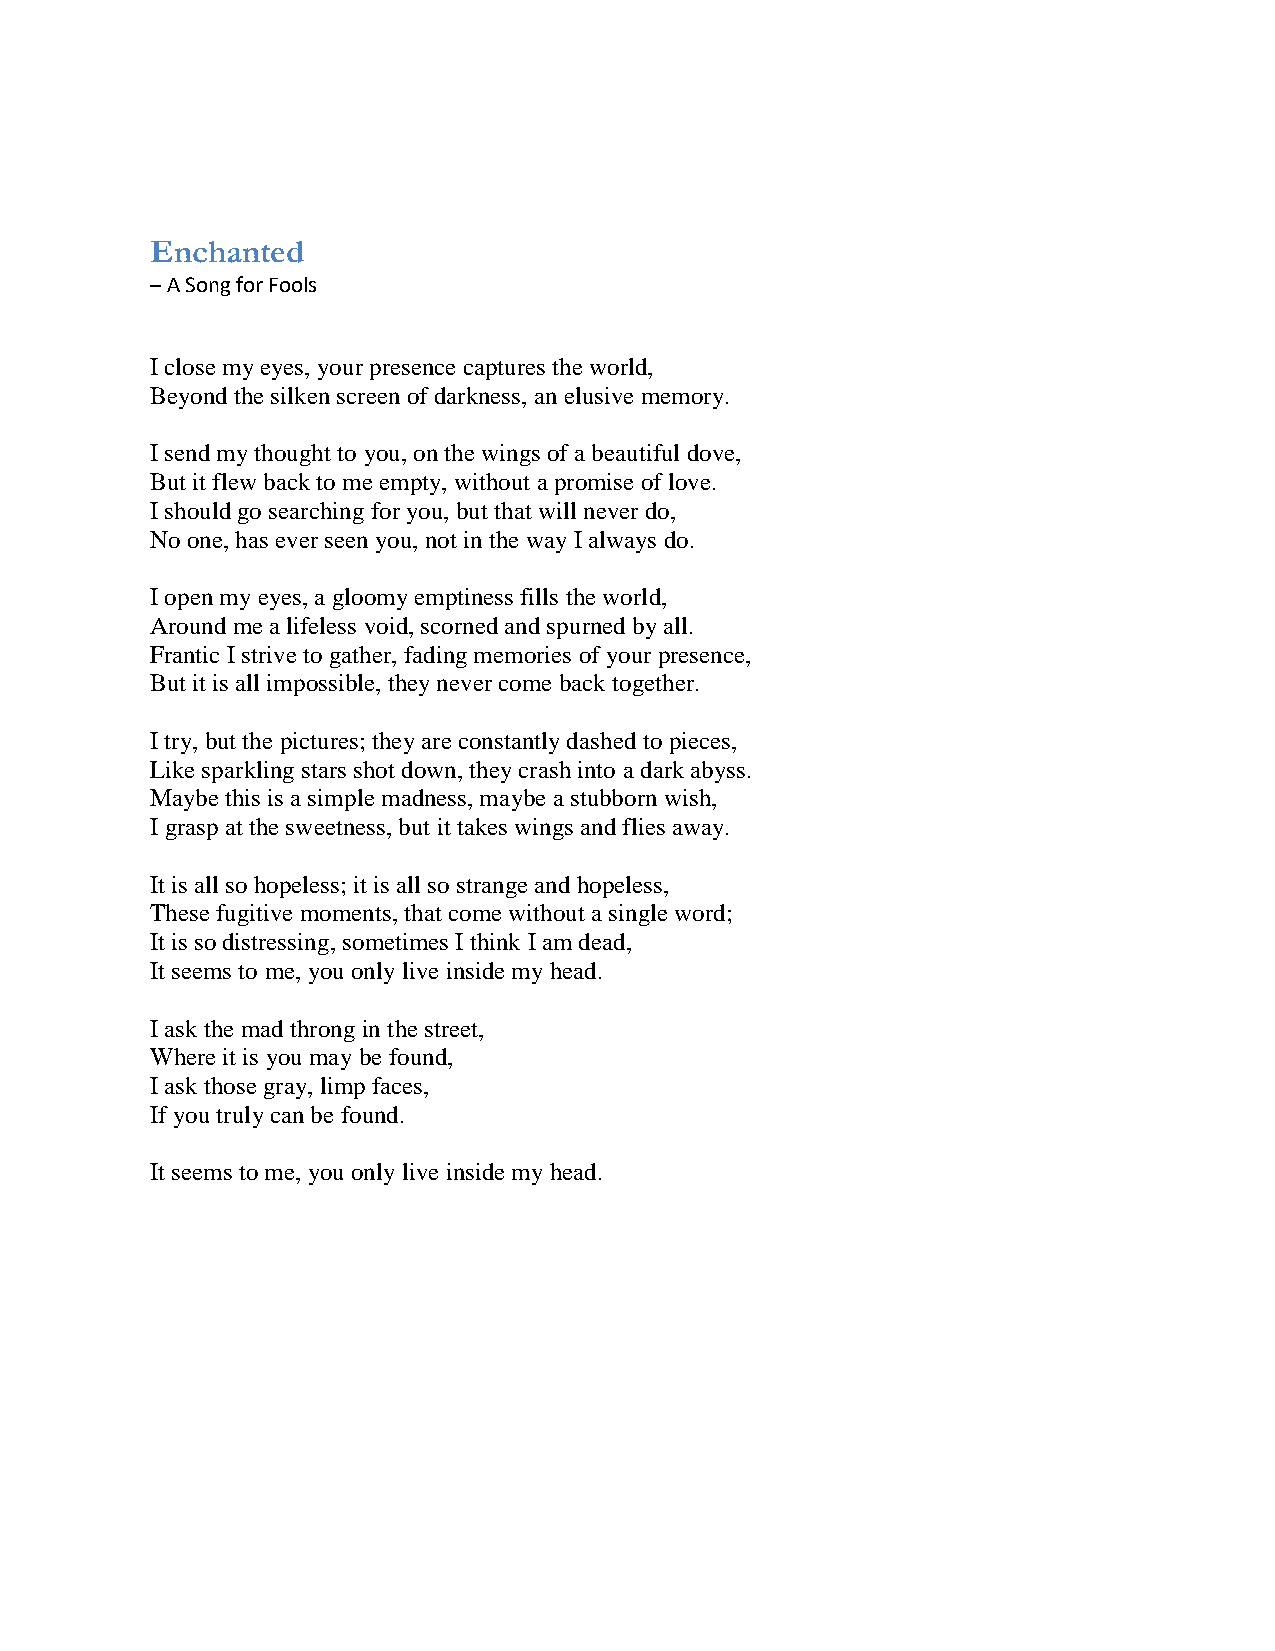
Enchanted
 – A Song for Fools
 I close my eyes, your presence captures the world,
 Beyond the silken screen of darkness, an elusive memory.
 I send my thought to you, on the wings of a beautiful dove,
 But it flew back to me empty, without a promise of love.
 I should go searching for you, but that will never do,
 No one, has ever seen you, not in the way I always do.
 I open my eyes, a gloomy emptiness fills the world,
 Around me a lifeless void, scorned and spurned by all.
 Frantic I strive to gather, fading memories of your presence,
 But it is all impossible, they never come back together.
 I try, but the pictures; they are constantly dashed to pieces,
 Like sparkling stars shot down, they crash into a dark abyss.
 Maybe this is a simple madness, maybe a stubborn wish,
 I grasp at the sweetness, but it takes wings and flies away.
 It is all so hopeless; it is all so strange and hopeless,
 These fugitive moments, that come without a single word;
 It is so distressing, sometimes I think I am dead,
 It seems to me, you only live inside my head.
 I ask the mad throng in the street,
 Where it is you may be found,
 I ask those gray, limp faces,
 If you truly can be found.
 It seems to me, you only live inside my head.